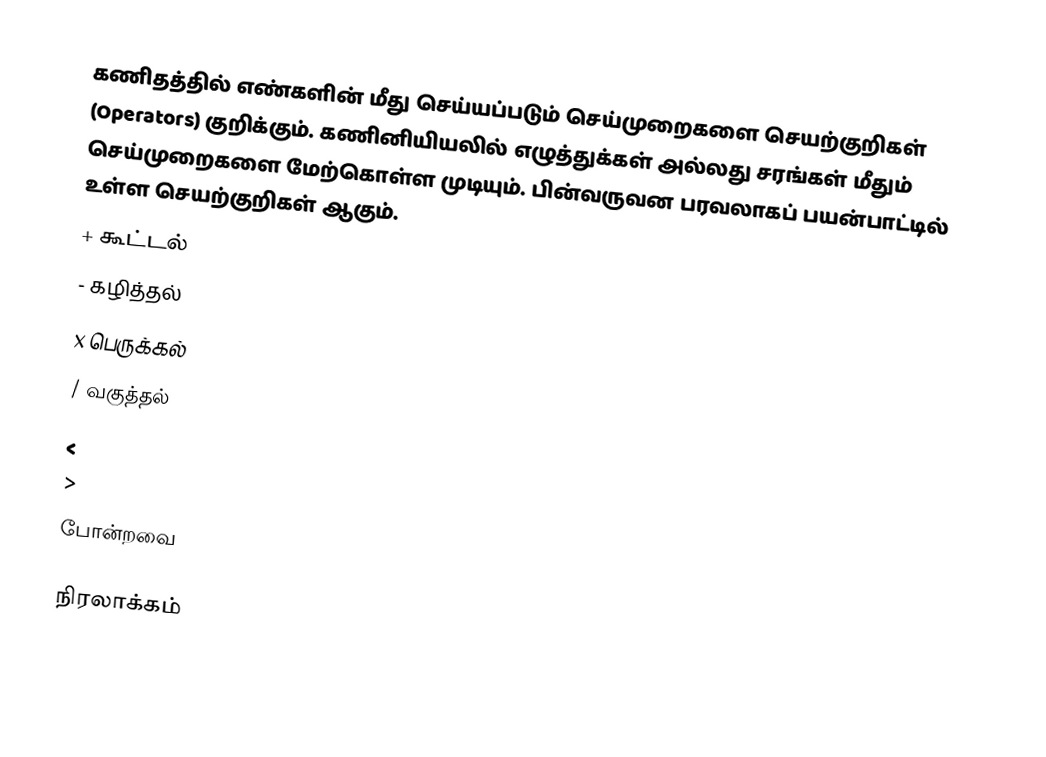
கணிதத்தில் எண்களின் மீது செய்யப்படும் செய்முறைகளை செயற்குறிகள் (Operators) குறிக்கும்.  கணினியியலில் எழுத்துக்கள் அல்லது சரங்கள் மீதும் செய்முறைகளை மேற்கொள்ள முடியும்.  பின்வருவன பரவலாகப் பயன்பாட்டில் உள்ள செயற்குறிகள் ஆகும்.
 + கூட்டல்
 - கழித்தல்
 x பெருக்கல்
 / வகுத்தல்
 <
 >
போன்றவை

நிரலாக்கம்